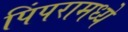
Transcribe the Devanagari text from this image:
पिंपरामध्ये